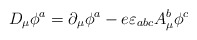
\begin{align*}D_{\mu} \phi^a = \partial_{\mu}\phi^a - e \varepsilon_{abc} A_{\mu}^b \phi^c\end{align*}